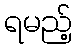
ရမည့်